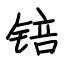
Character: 锫